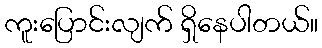
ကူးပြောင်းလျက် ရှိနေပါတယ်။